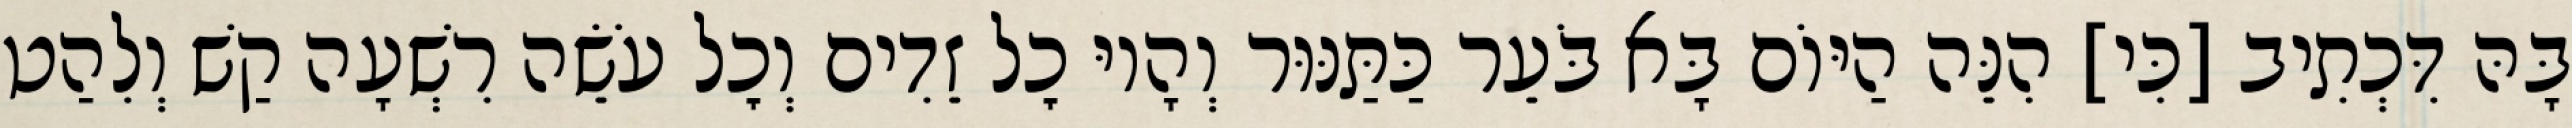
בָּהּ דִּכְתִיב [כִּי] הִנֵּה הַיּוֹם בָּא בֹּעֵר כַּתַּנּוּר וְהָיוּ כׇל זֵדִים וְכׇל עֹשֵׂה רִשְׁעָה קַשׁ וְלִהַט